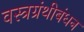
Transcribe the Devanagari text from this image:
वस्त्रग्रंथीबंधन